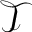
\mathcal { T }